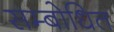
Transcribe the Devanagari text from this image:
सम्‍बोधित